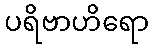
ပရိဗာဟိရော